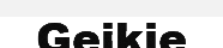
Geikie